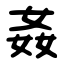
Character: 姦